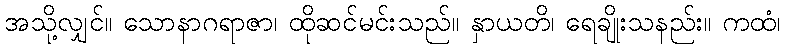
အသို့လျှင်။ သောနာဂရာဇာ၊ ထိုဆင်မင်းသည်။ နှာယတိ၊ ရေချိုးသနည်း။ ကထံ၊